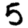
Digit: 5